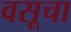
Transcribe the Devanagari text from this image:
वसूचा